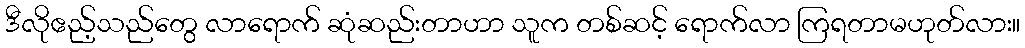
ဒီလိုဧည့်သည်တွေ လာရောက် ဆုံဆည်းတာဟာ သူက တစ်ဆင့် ရောက်လာ ကြရတာမဟုတ်လား။